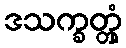
ဒသက္ခတ္တုံ